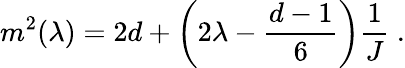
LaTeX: m^{2}(\lambda)=2d+\left(2\lambda-{\frac{d-1}{6}}\right){\frac{1}{J}}~.